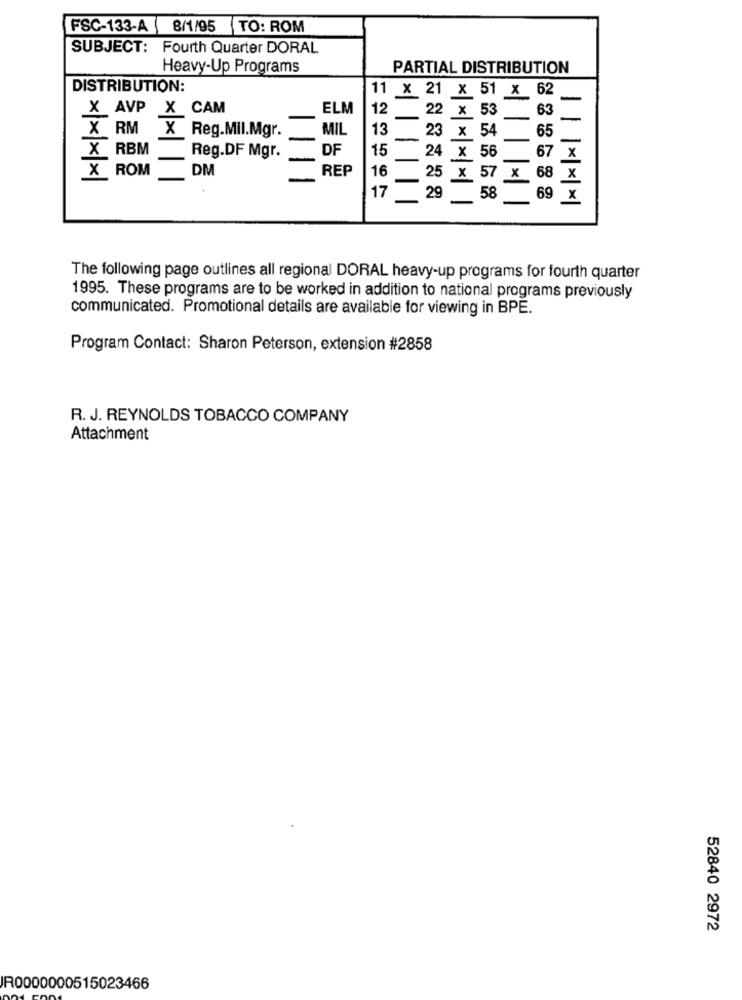
FSC-133-A 8/1/95 TO: ROM
SUBJECT: Fourth Quarter DORAL
Heavy-Up Programs
PARTIAL DISTRIBUTION
DISTRIBUTION:
11 x 21 x 51 x 62
X AVP X CAM
ELM
12
22 x 53
63
-
X RM X Reg.Mil.Mgr.
MIL
13
65
-
23 x 54
DF
X RBM Reg.DF Mgr.
15 24 x 56
7 x
DM
REP
X ROM
16 25 x 57 x 68 X
-
17
29
58
69 X
The following page outlines all regional DORAL heavy-up programs for fourth quarter
1995. These programs are to be worked in addition to national programs previously
communicated. Promotional details are available for viewing in BPE.
Program Contact: Sharon Peterson, extension #2858
R. J. REYNOLDS TOBACCO COMPANY
Attachment
52840 2972
IR0000000515023466